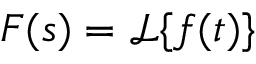
F ( s ) = { \mathcal { L } } \{ f ( t ) \}